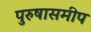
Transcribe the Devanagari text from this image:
पुरुषासमीप